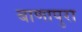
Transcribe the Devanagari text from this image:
बाणापुरा